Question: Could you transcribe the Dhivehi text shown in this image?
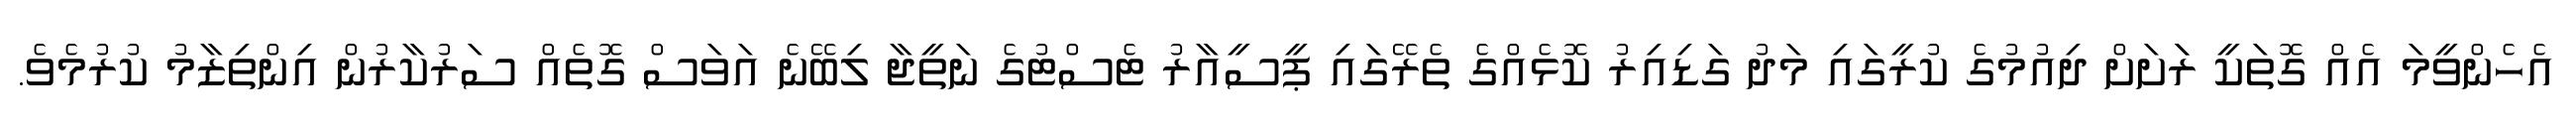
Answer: އެހެންވީމަ އެއް ގޮތަކީ ރަަށަށް ދިއުމުގެ ކުރީގައި މަދު ގަޑިއިރު ކޮޅެއްގެ ތެރޭގައި ޕީސީއާރު ޓެސްޓުގެ ނަތީޖާ ލިބޭނެ އަވަސް ގޮތެއް ސަރުކާރުން އިންތިޒާމު ކުރުމެވެ.